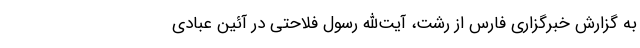
به گزارش خبرگزاری فارس از رشت، آیت‌الله رسول فلاحتی در آئین عبادی